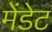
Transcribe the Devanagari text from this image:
मेंडेट